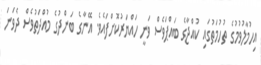
އިހުމާލުވުމުގެ ތުހުމަތުގައި ކުއްޖާގެ ބައްޕަވެސް ވަނީ ހައްޔަރުކޮށްފައެވެ. އޭނާގެ ބަންދުގެ މުއްދަތުވެސް ދެވަނަ